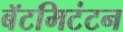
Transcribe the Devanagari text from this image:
बॅटमिटंटन